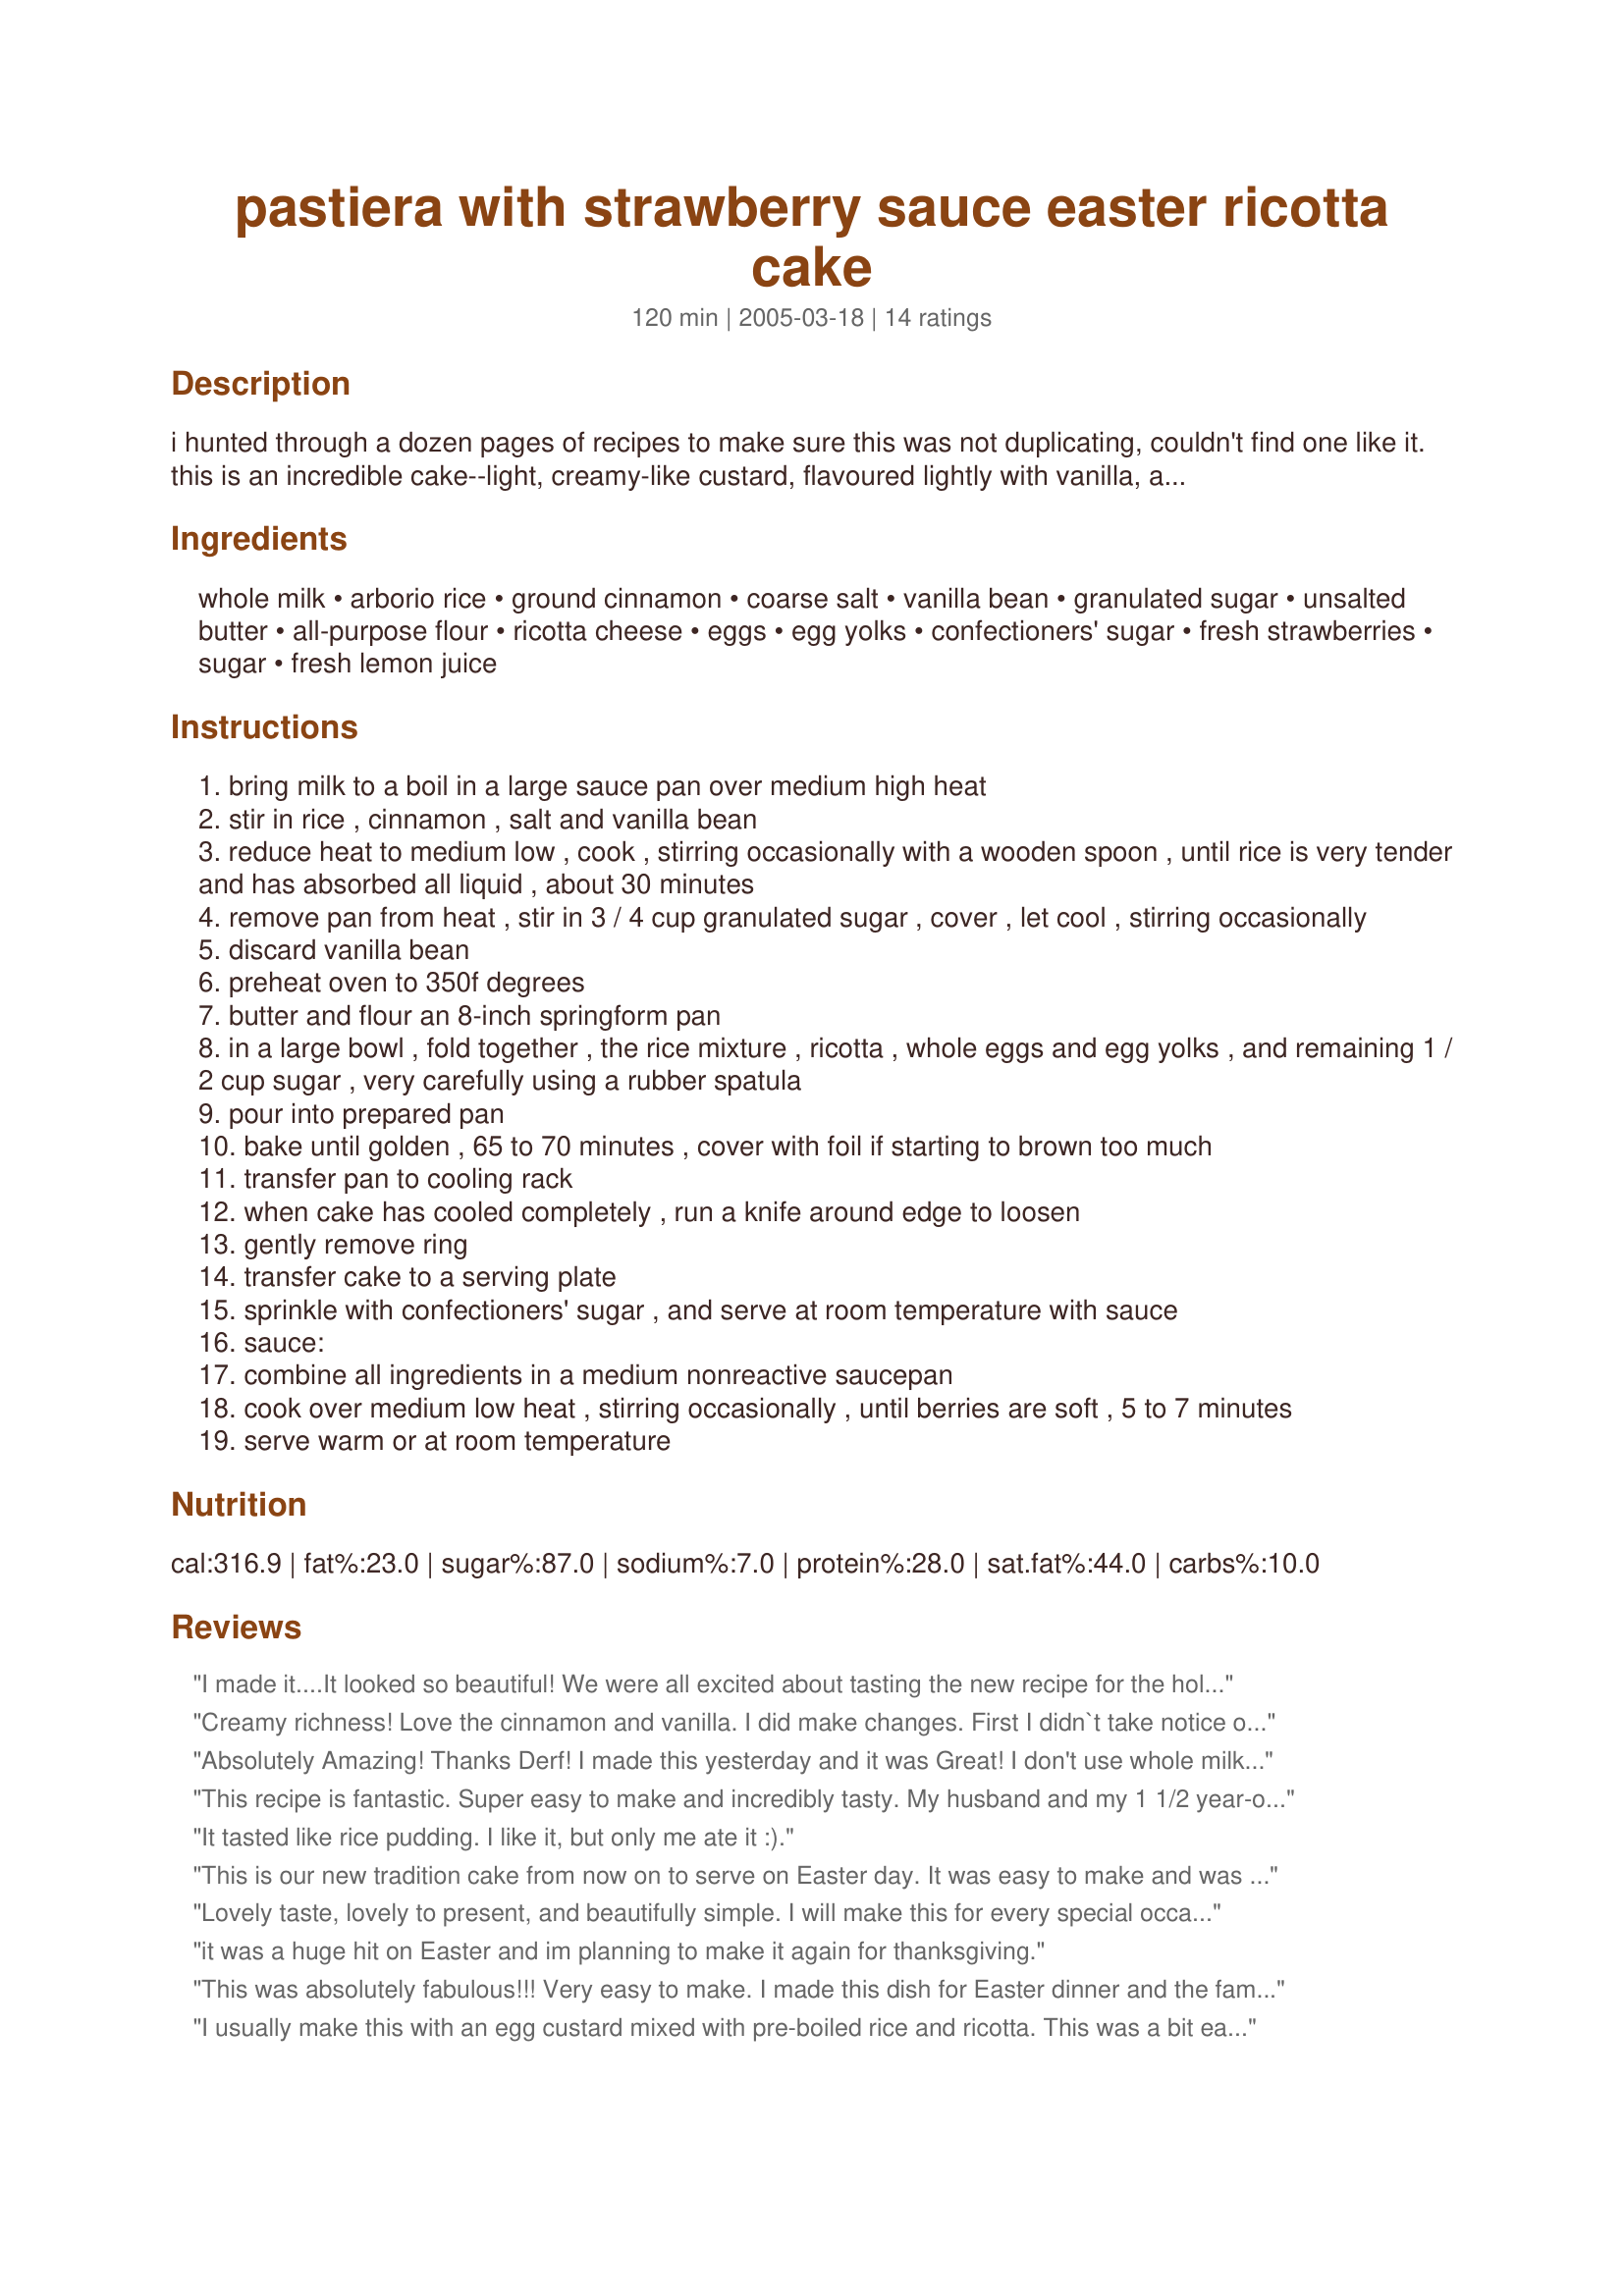
pastiera with strawberry sauce easter ricotta cake
Preparation time: 120 minutes

i hunted through a dozen pages of recipes to make sure this was not duplicating, couldn't find one like it. this is an incredible cake--light, creamy-like custard, flavoured lightly with vanilla, all in one. the perfect easter pastiera, originally from martha stewart living.

Ingredients:
whole milk, arborio rice, ground cinnamon, coarse salt, vanilla bean, granulated sugar, unsalted butter, all-purpose flour, ricotta cheese, eggs, egg yolks, confectioners' sugar, fresh strawberries, sugar, fresh lemon juice

Steps:
bring milk to a boil in a large sauce pan over medium high heat
stir in rice , cinnamon , salt and vanilla bean
reduce heat to medium low , cook , stirring occasionally with a wooden spoon , until rice is very tender and has absorbed all liquid , about 30 minutes
remove pan from heat , stir in 3 / 4 cup granulated sugar , cover , let cool , stirring occasionally
discard vanilla bean
preheat oven to 350f degrees
butter and flour an 8-inch springform pan
in a large bowl , fold together , the rice mixture , ricotta , whole eggs and egg yolks , and remaining 1 / 2 cup sugar , very carefully using a rubber spatula
pour into prepared pan
bake until golden , 65 to 70 minutes , cover with foil if starting to brown too much
transfer pan to cooling rack
when cake has cooled completely , run a knife around edge to loosen
gently remove ring
transfer cake to a serving plate
sprinkle with confectioners' sugar , and serve at room temperature with sauce
sauce:
combine all ingredients in a medium nonreactive saucepan
cook over medium low heat , stirring occasionally , until berries are soft , 5 to 7 minutes
serve warm or at room temperature

Reviews:
I made it....It looked so beautiful! We were all excited about tasting the new recipe for the holiday....not so hot. It was nearly flavorless for us. I even used two vanilla beans. I tossed the pie. Bummer because it really cooks up well.
 Creamy richness!
 Love the cinnamon and vanilla. I did make changes. First I didn`t take notice of the cheese to be drained for at least 3 hours and didn`t have time for that so I mix in 1/4 cup of flour just because I thought it would be to thin and wouldn`t be firm enough. You would never know that I added the flour and it was still moist and creamy. I did chill this because I made it for the next day just brought it to room temp for a couple hour before serving. But it is great cold or warm. I`m sure it`s even better hot out of the oven. I did have to cook it 10 minutes longer then called for.I cut the strawberries before cooking and they were perfect on the cake! Thanks!
Absolutely Amazing! Thanks Derf! I made this yesterday and it was Great! I don't use whole milk but worked perfectly with 2% and Like JustCallMeJulie, I didn't have a vanilla Bean so I used 2 tsp. vanilla extract (but next time I will get a vanilla bean because I really like the way it looks) I did have to cook it a little longer than specified (but I guess it's different for everyone. I timed it in 5 minute intervals and kept checking it)
I will DEFINITELY be making this again, much better than from the Bakery (not to mention less expensive)
Thanks for posting this wonderful recipe!
This recipe is fantastic. Super easy to make and incredibly tasty. My husband and my 1 1/2 year-old daughter can't seem to get enough of it and they are both picky-eaters. Thank you so much for sharing. It will definetely become a regular at our home.
It tasted like rice pudding. I like it, but only me ate it :).
This is our new tradition cake from now on to serve on Easter day. It was easy to make and was a huge hit with our family this past Easter (sorry for the delay for the review). We loved the sauce, and next time I will double the recipe! Rich
Lovely taste, lovely to present, and beautifully simple. I will make this for every special occasion, now. Thanks, Derf!
it was a huge hit on Easter and im planning to make it again for thanksgiving.
This was absolutely fabulous!!! Very easy to make. I made this dish for Easter dinner and the family went nuts over it. I will make it again and again
I usually make this with an egg custard mixed with pre-boiled rice and ricotta. This was a bit easier AND sooooooo creamy. I added chunks of candied pineapple and orange peel, because thats tradition in my family, and I left out the berry sauce they weren't in season. It was still a TREAT!!! Usually we do rice pie with a crust but I liked it better this way. Thanks for posting this.

I made this for Easter adn brought it to my Italian in-laws.. they loved it! I used vanilla and baked it much longer(prob. because I didn't drain the ricotta) until it started to brown slighty around th edges of the top. I didn't make the sauce-it was great without it, but will try it next time. Excellent cake, you won't be disappointed!
My mom made this for Easter this year and it was really good! We all thought it tasted like rice pudding (which we all love!) Excellent with the strawberry sauce! Thanks for posting Derf!
The recipe certainly lived up to the enticing pictures that Derf posted with it. It was easy to prepare; the three phases of straining the ricotta, cooking the rice and combing it with the other components, and baking make it an easy cake to make when there is a lot going on in the kitchen. I wish I had a vanilla bean but I did not so I substituted 2 teaspoons of pure vanilla extract. I baked it in a nonstick, buttered and floured heart-shaped spring form pan and it came out beautifully. I did have to bake it closer to 90 minutes to reach what I considered “done.” It was slightly jiggly in the center, yet firm to the touch. The flavor and texture was out of this world. I served it for Easter dessert and each of my 15 guests ate it and loved it. The sauce seemed to yield a small amount, but you don’t really need much per serving; we felt there was plenty. It was just lovely and I will definitely make it again.
I followed the recipe exactly and it was awful. Nobody liked it and it was a huge waist of my time and money. Sorry but I will not be making this again.
